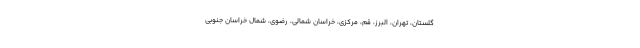
گلستان، تهران، البرز، قم، مرکزی، خراسان شمالی، رضوی، شمال خراسان جنوبی